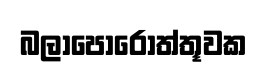
බලාපොරොත්තූවක